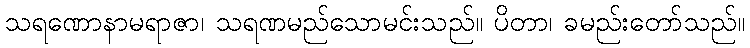
သရဏောနာမရာဇာ၊ သရဏမည်သောမင်းသည်။ ပိတာ၊ ခမည်းတော်သည်။